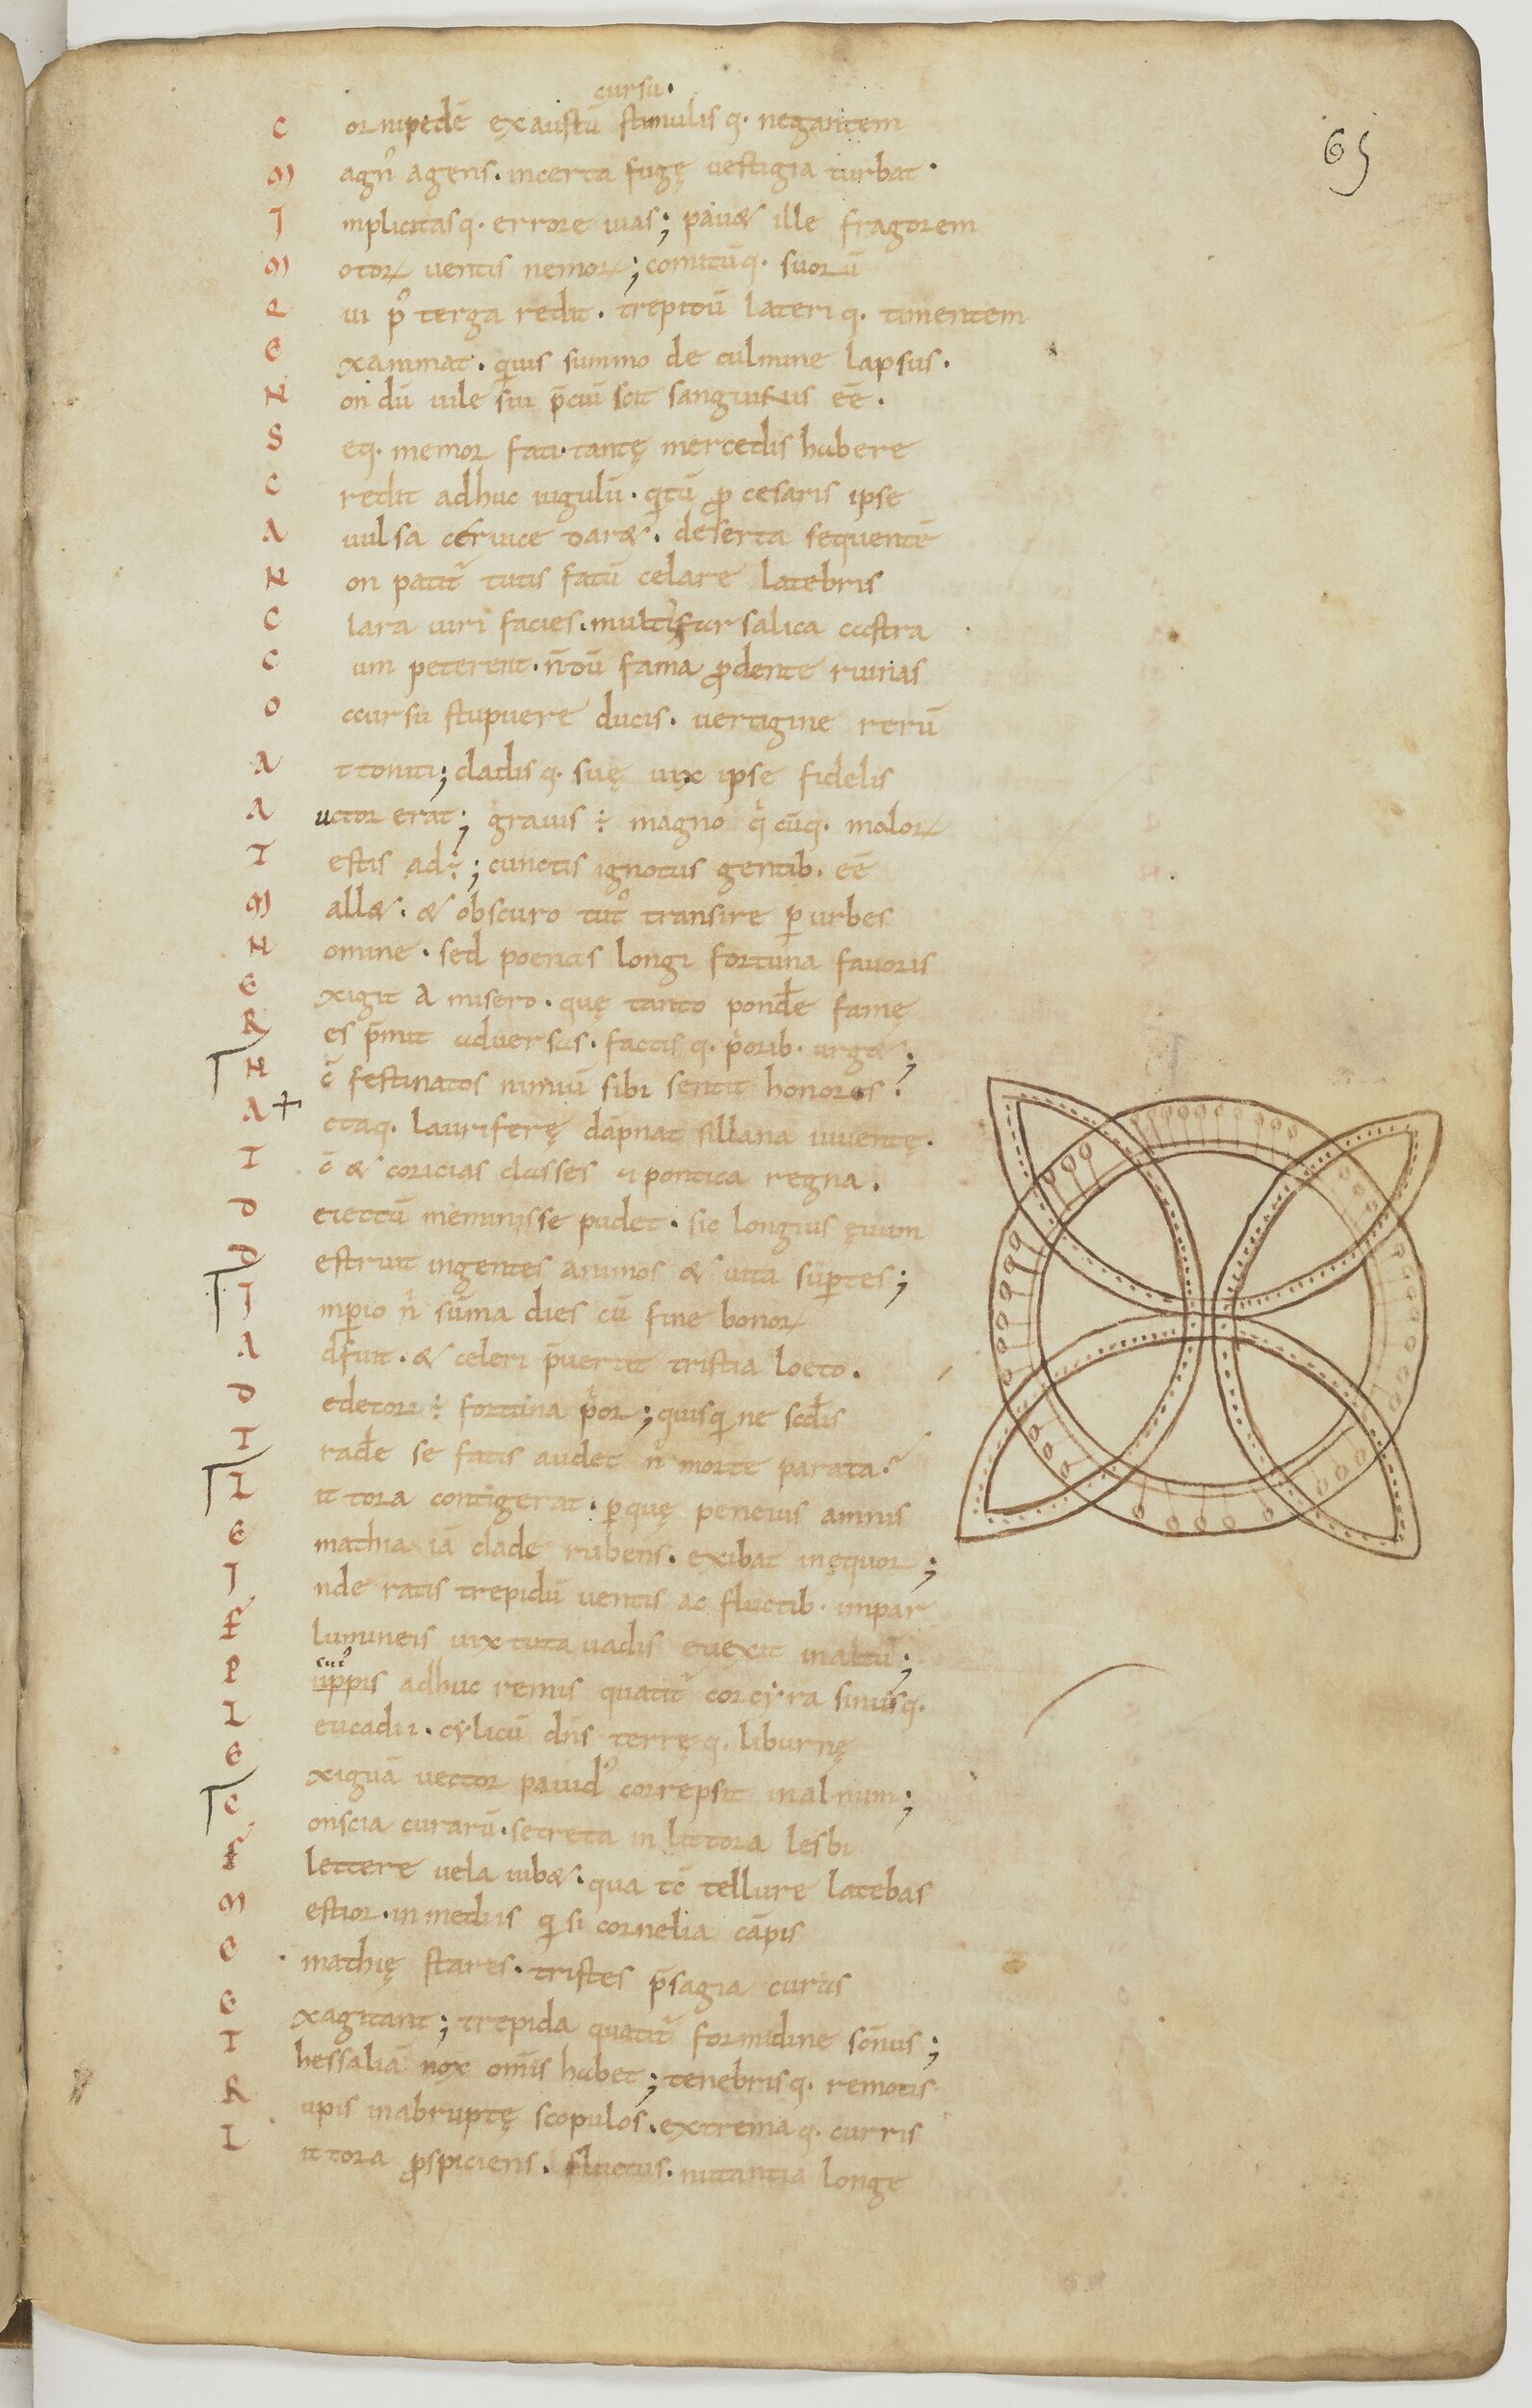
Shelfmark: Paris, BnF, lat. 17901
Century: 11